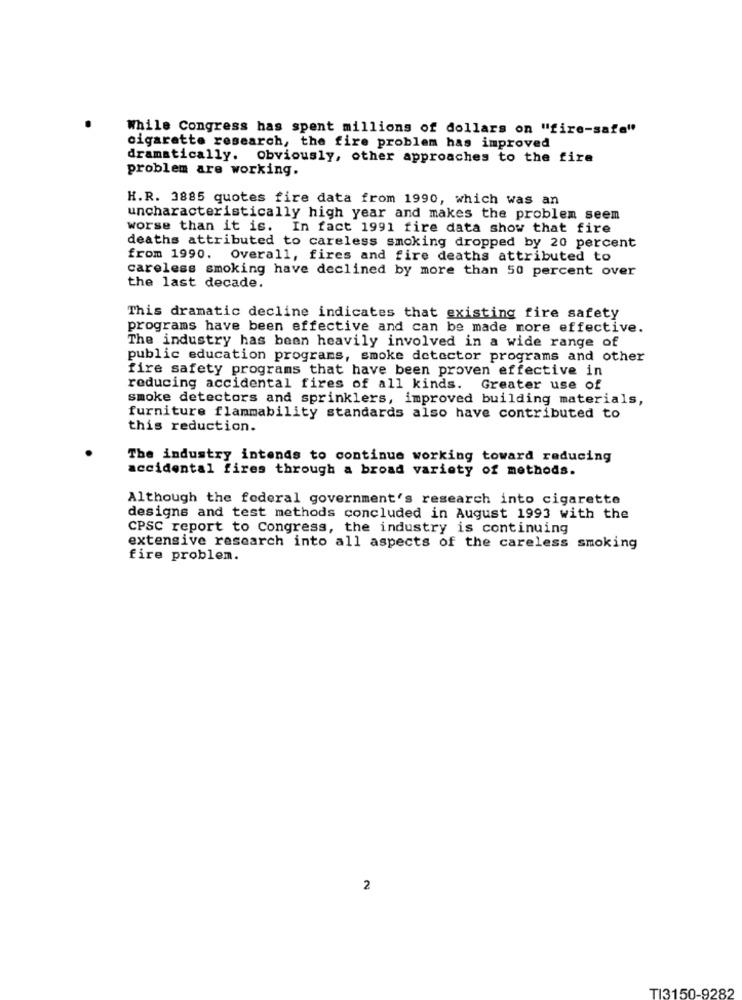
While Congress has spent millions of dollars on "fire-safe"
cigarette research, the fire problem has improved
dramatically. Obviously, other approaches to the fire
problem are working.
H.R. 3885 quotes fire data from 1990, which was an
uncharacteristically high year and makes the problem seem
worse than it is. In fact 1991 fire data show that fire
deaths attributed to careless smoking dropped by 20 percent
from 1990. Overall, fires and fire deaths attributed to
careless smoking have declined by more than 50 percent over
the last decade.
This dramatic decline indicates that existing fire safety
programs have been effective and can be made more effective.
The industry has been heavily involved in a wide range of
public education programs, smoke detector programs and other
fire safety programs that have been proven effective in
reducing accidental fires of all kinds. Greater use of
smoke detectors and sprinklers, improved building materials,
furniture flammability standards also have contributed to
this reduction.
The industry intends to continue working toward reducing
accidental fires through a broad variety of methods.
Although the federal government's research into cigarette
designs and test methods concluded in August 1993 with the
CPSC report to Congress, the industry is continuing
extensive research into all aspects of the careless smoking
fire problem.
2
TI3150-9282